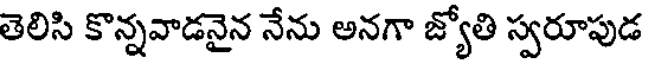
తెలిసి కొన్నవాడనైన నేను అనగా జ్యోతి స్వరూపుడ